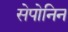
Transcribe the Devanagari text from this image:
सेपोनिन